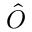
\hat { O }